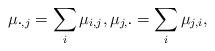
LaTeX: \begin{align*}\mu_{\boldsymbol\cdot,j}=\sum_{i}\mu_{i,j},\mu_{j,\boldsymbol\cdot}=\sum_{i}\mu_{j,i},\end{align*}